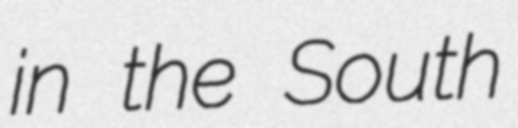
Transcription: in the South